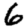
Digit: 6